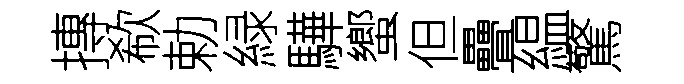
摶欷勅緑驊蠁但疊緼驚